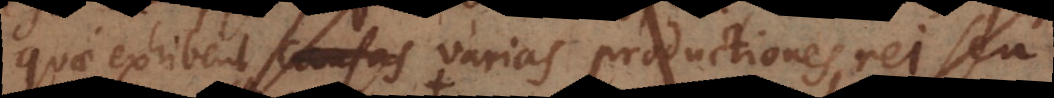
quae exhibent causas varias productiones rei seu